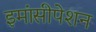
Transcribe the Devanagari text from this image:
इमांसीपेशन